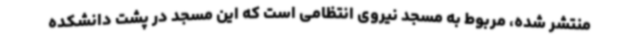
منتشر شده، مربوط به مسجد نیروی انتظامی است که این مسجد در پشت دانشکده